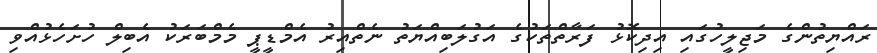
ރައްޔިތުންގެ މަޖިލީހުގައި އިދިކޮޅު ފަރާތްތަކުގެ އަގުލަބިއްޔަތު ނެތްއިރު އެމްޑީޕީ މެމްބަރަކު އެބިލް ހުށަހެޅުއްވި